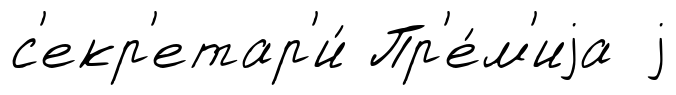
с'екр'етар'и́ Пр'е́м'иjа j